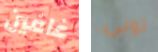
غافين توبى